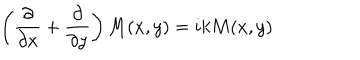
LaTeX: \left( \frac { \partial } { \partial x } + \frac { \partial } { \partial y } \right) M ( x , y ) = i k M ( x , y )